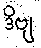
ဒိဗျ